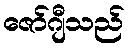
ဇော်ဂျီသည်